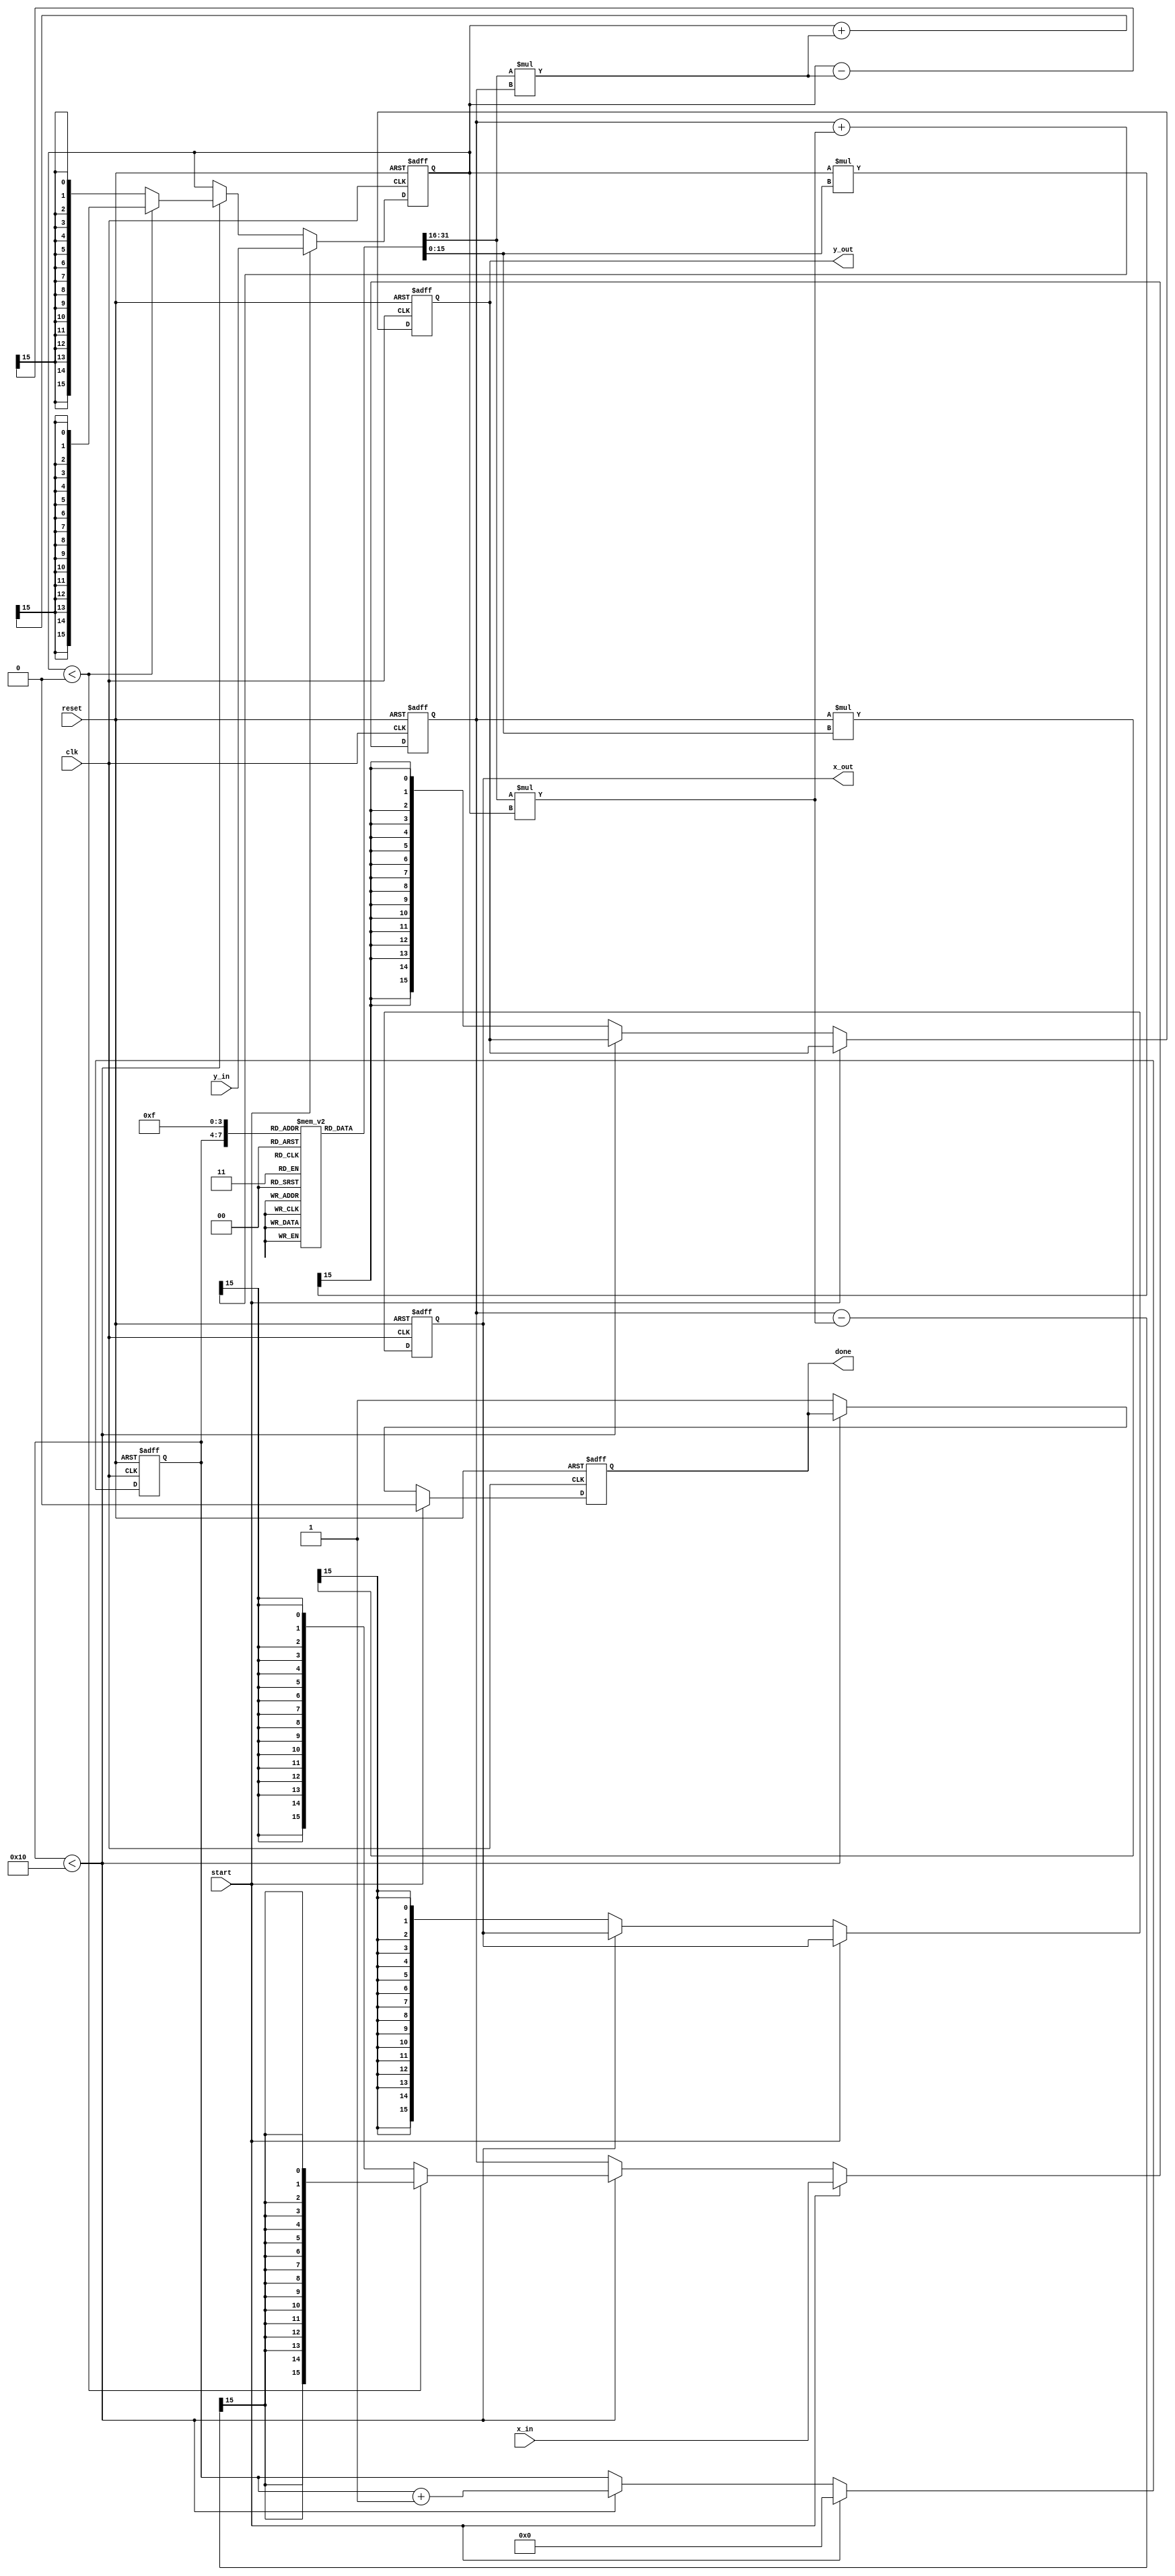
module complex_cordic #(
    parameter N = 16, // Number of iterations
    parameter WIDTH = 16 // Bit width for fixed-point representation
)(
    input clk,
    input reset,
    input start,
    input signed [WIDTH-1:0] x_in, // Real part of input
    input signed [WIDTH-1:0] y_in, // Imaginary part of input
    output reg signed [WIDTH-1:0] x_out, // Real part of output
    output reg signed [WIDTH-1:0] y_out, // Imaginary part of output
    output reg done // Signal to indicate completion
);

    // Angle Look-Up Table (LUT) for CORDIC
    reg signed [WIDTH-1:0] atan_lut [0:N-1];
    initial begin
        // Precomputed arctangent values (in fixed-point format)
        atan_lut[0] = 16'h0000; // atan(0)
        atan_lut[1] = 16'h3C90; // atan(1/2^1)
        atan_lut[2] = 16'h3C30; // atan(1/2^2)
        atan_lut[3] = 16'h3C10; // atan(1/2^3)
        // ... Add more values as needed
        atan_lut[15] = 16'h3B6D; // atan(1/2^15)
    end

    // Scaling factor (K_k)
    reg signed [WIDTH-1:0] K [0:N-1];
    initial begin
        // Precomputed scaling factors (K_k)
        K[0] = 16'h1FFF; // K_0
        K[1] = 16'h1FFF; // K_1
        K[2] = 16'h1FFF; // K_2
        // ... Add more values as needed
        K[15] = 16'h1FFF; // K_15
    end

    // State variables
    reg [3:0] iteration; // Iteration counter
    reg signed [WIDTH-1:0] x_reg, y_reg; // Registers for X and Y

    // Control logic
    always @(posedge clk or posedge reset) begin
        if (reset) begin
            iteration <= 0;
            x_reg <= 0;
            y_reg <= 0;
            done <= 0;
            x_out <= 0;
            y_out <= 0;
        end else if (start) begin
            // Load inputs
            x_reg <= x_in;
            y_reg <= y_in;
            iteration <= 0;
            done <= 0;
        end else if (iteration < N) begin
            // CORDIC rotation logic
            if (y_reg < 0) begin
                // Rotate counterclockwise
                x_reg <= x_reg - (K[iteration] * y_reg) >>> 15; // Fixed-point shift
                y_reg <= y_reg + (K[iteration] * x_reg) >>> 15; // Fixed-point shift
            end else begin
                // Rotate clockwise
                x_reg <= x_reg + (K[iteration] * y_reg) >>> 15; // Fixed-point shift
                y_reg <= y_reg - (K[iteration] * x_reg) >>> 15; // Fixed-point shift
            end
            iteration <= iteration + 1;
        end else begin
            // Apply scaling factor and output results
            x_out <= x_reg * K[N-1] >>> 15; // Scale output
            y_out <= y_reg * K[N-1] >>> 15; // Scale output
            done <= 1; // Indicate computation is done
        end
    end

endmodule